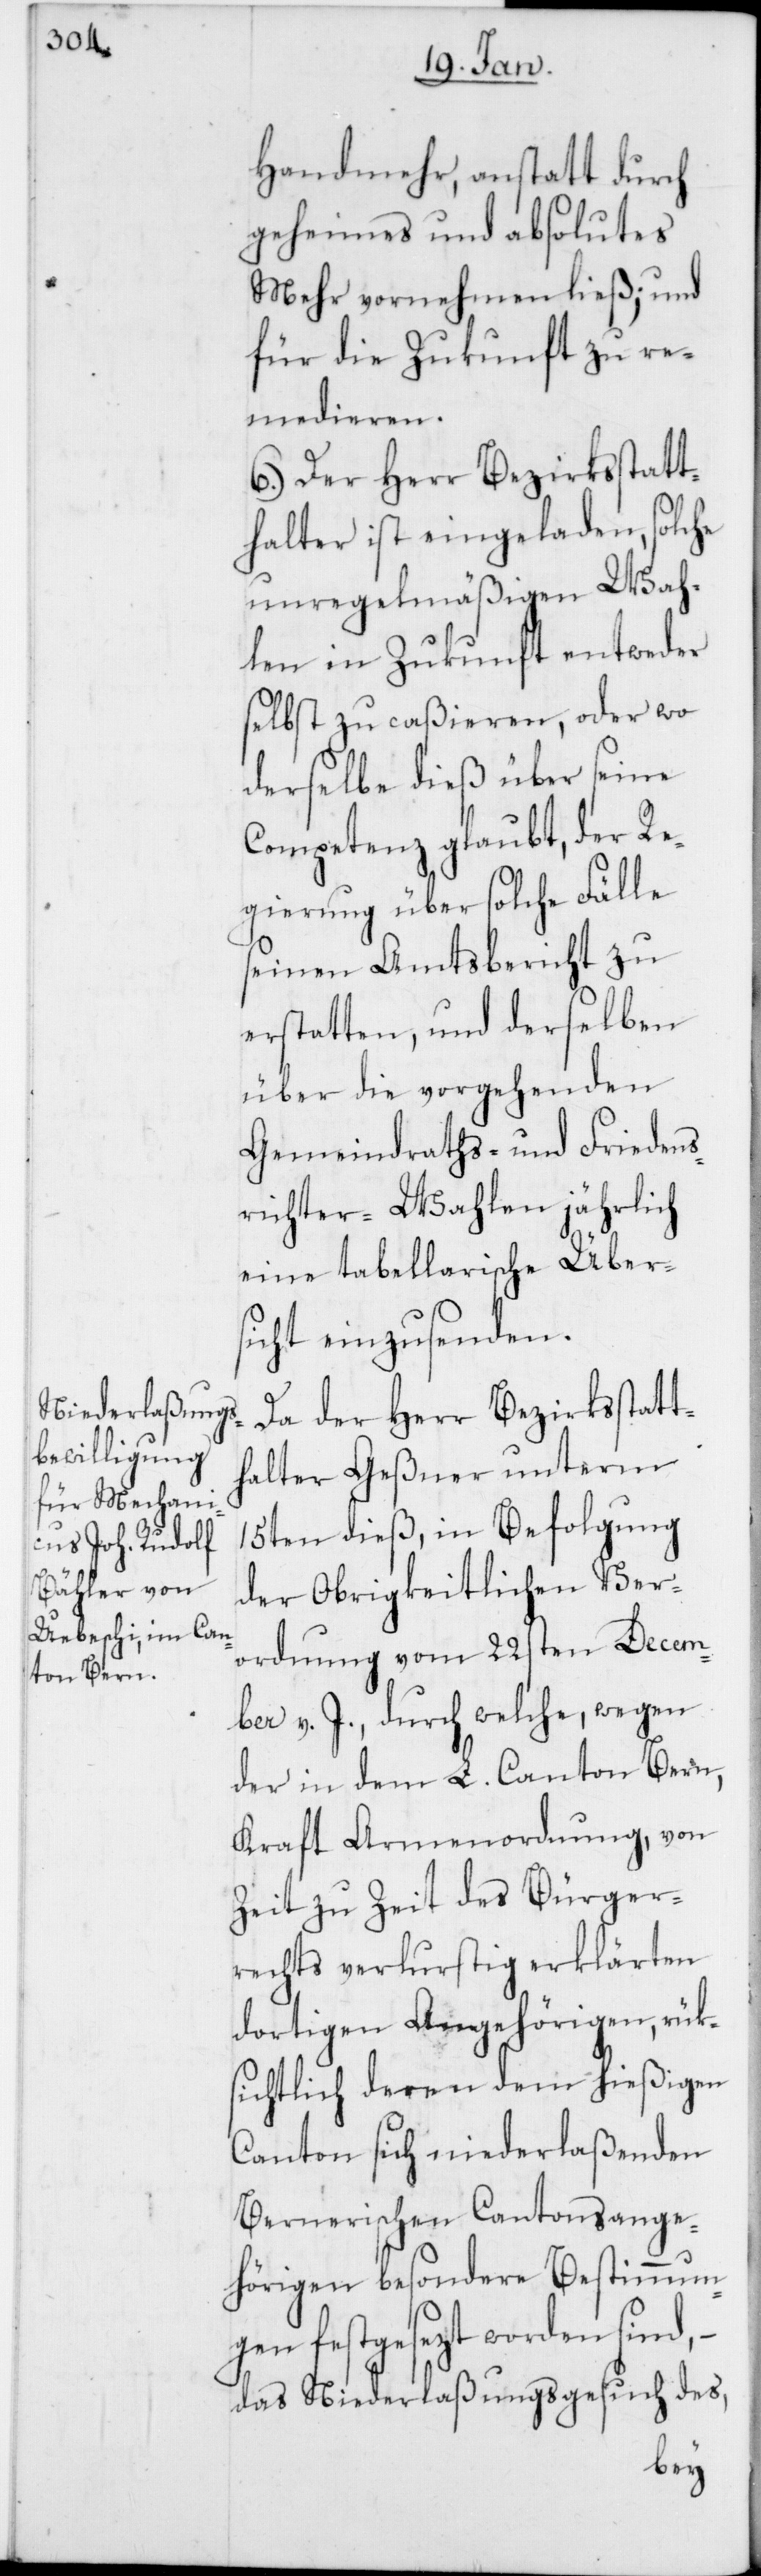
Handmehr, anstatt durch
geheimes und absolutes
Mehr vornehmen ließ; und
für die Zukunft zu re¬
medieren.
6.) Der Herr Bezirksstatt¬
halter ist eingeladen, solche
unregelmäßigen Wah¬
len in Zukunft entweder
selbst zu caßieren, oder wo
derselbe dieß über seine
Competenz glaubt, der Re¬
gierung über solche Fälle
seinen Amtsbericht zu
erstatten, und derselben
über die vorgehenden
Gemeindraths- und Friedens¬
richter-Wahlen jährlich
eine tabellarische Über¬
sicht einzusenden.
Da der Herr Bezirksstatt¬
halter Geßner unterm
15ten dieß, in Befolgung
der Obrigkeitlichen Ver¬
ordnung vom 22sten Decem¬
ber v. J., durch welche, wegen
der in dem L. Canton Bern,
kraft Armenordnung, von
Zeit zu Zeit des Bürger¬
rechts verlustig erklärten
dortigen Angehörigen, rük¬
sichtlich deren dem hießigen
Canton sich niederlaßenden
Bernerischen Cantonsange¬
hörigen besondere Bestimmung¬
en festgesezt worden sind,
das Niederlaßungsgesuch des,